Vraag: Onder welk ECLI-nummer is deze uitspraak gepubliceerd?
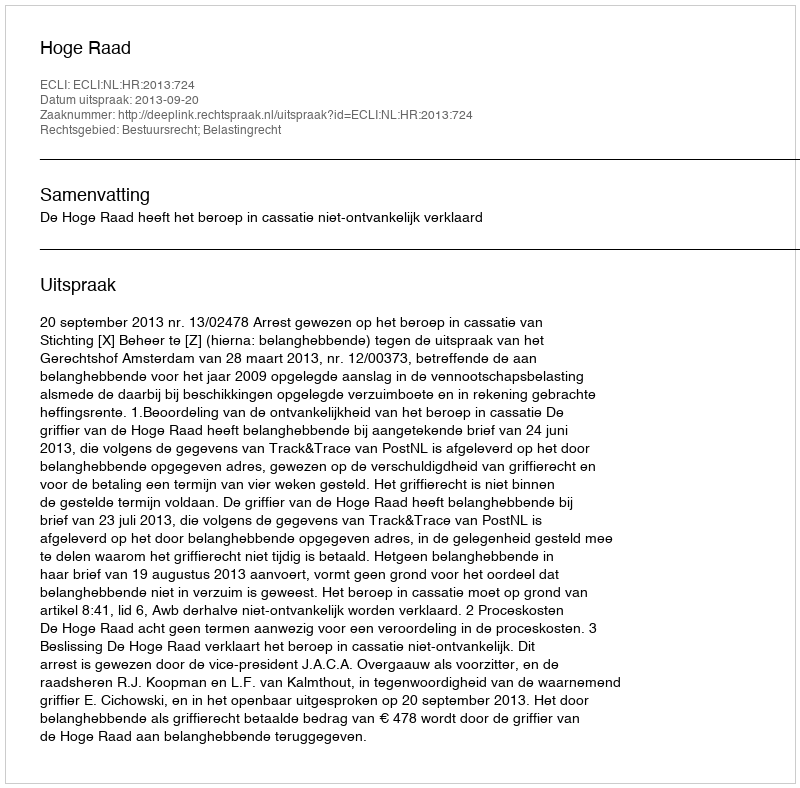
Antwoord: ECLI:NL:HR:2013:724